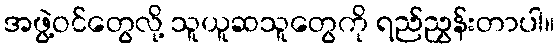
အဖွဲ့ဝင်တွေလို့ သူယူဆသူတွေကို ရည်ညွှန်းတာပါ။